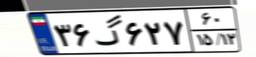
۳۶گ۶۲۷۶۰